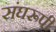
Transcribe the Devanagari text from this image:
संघरूपी